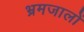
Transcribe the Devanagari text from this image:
भ्रमजालों